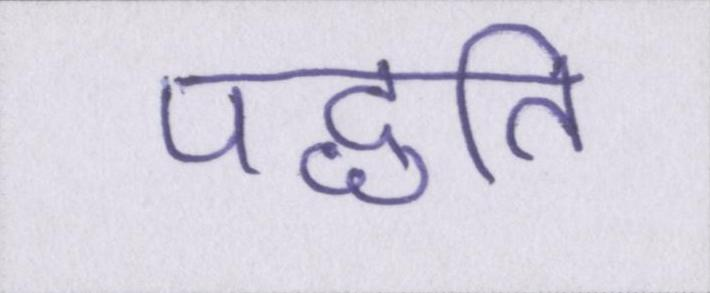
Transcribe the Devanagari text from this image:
पद्धति